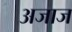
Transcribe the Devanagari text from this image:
अजाज